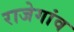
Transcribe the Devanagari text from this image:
राजेगांव